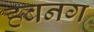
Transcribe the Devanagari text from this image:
हबनग